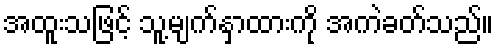
အထူးသဖြင့် သူ့မျက်နှာထားကို အကဲခတ်သည်။